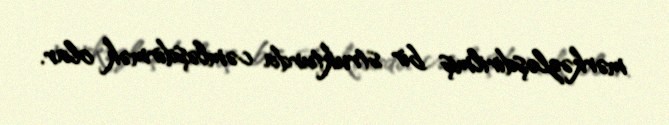
mərkəzləşdirilmiş bir strukturda cəmləşdirmək olar.